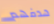
هدفهم